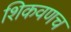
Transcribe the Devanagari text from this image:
शिकवणच